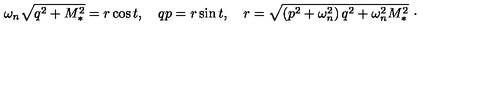
\omega _ { n } \sqrt { q ^ { 2 } + M _ { \ast } ^ { 2 } } = r \cos t , \quad q p = r \sin t , \quad r = \sqrt { \left( p ^ { 2 } + \omega _ { n } ^ { 2 } \right) q ^ { 2 } + \omega _ { n } ^ { 2 } M _ { \ast } ^ { 2 } } \ \cdot